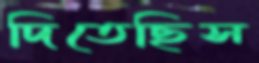
দিতেছিস